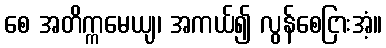
စေ အတိက္ကမေယျ၊ အကယ်၍ လွန်စေငြားအံ့။